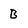
Character: B